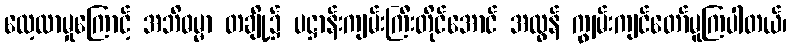
လေ့လာမှုကြောင့် အဘိဓမ္မာ တချို့၌ ပဋ္ဌာန်းကျမ်းကြီးတိုင်အောင် အလွန် ကျွမ်းကျင်တော်မူကြပါတယ်၊